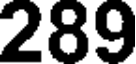
289